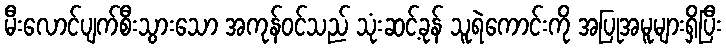
မီးလောင်ပျက်စီးသွားသော အကုန်ဝင်သည် သုံးဆင့်ခုန် သူရဲကောင်းကို အပြုအမူများရှိပြီး